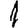
Digit: 1